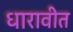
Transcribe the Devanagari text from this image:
धारावीत